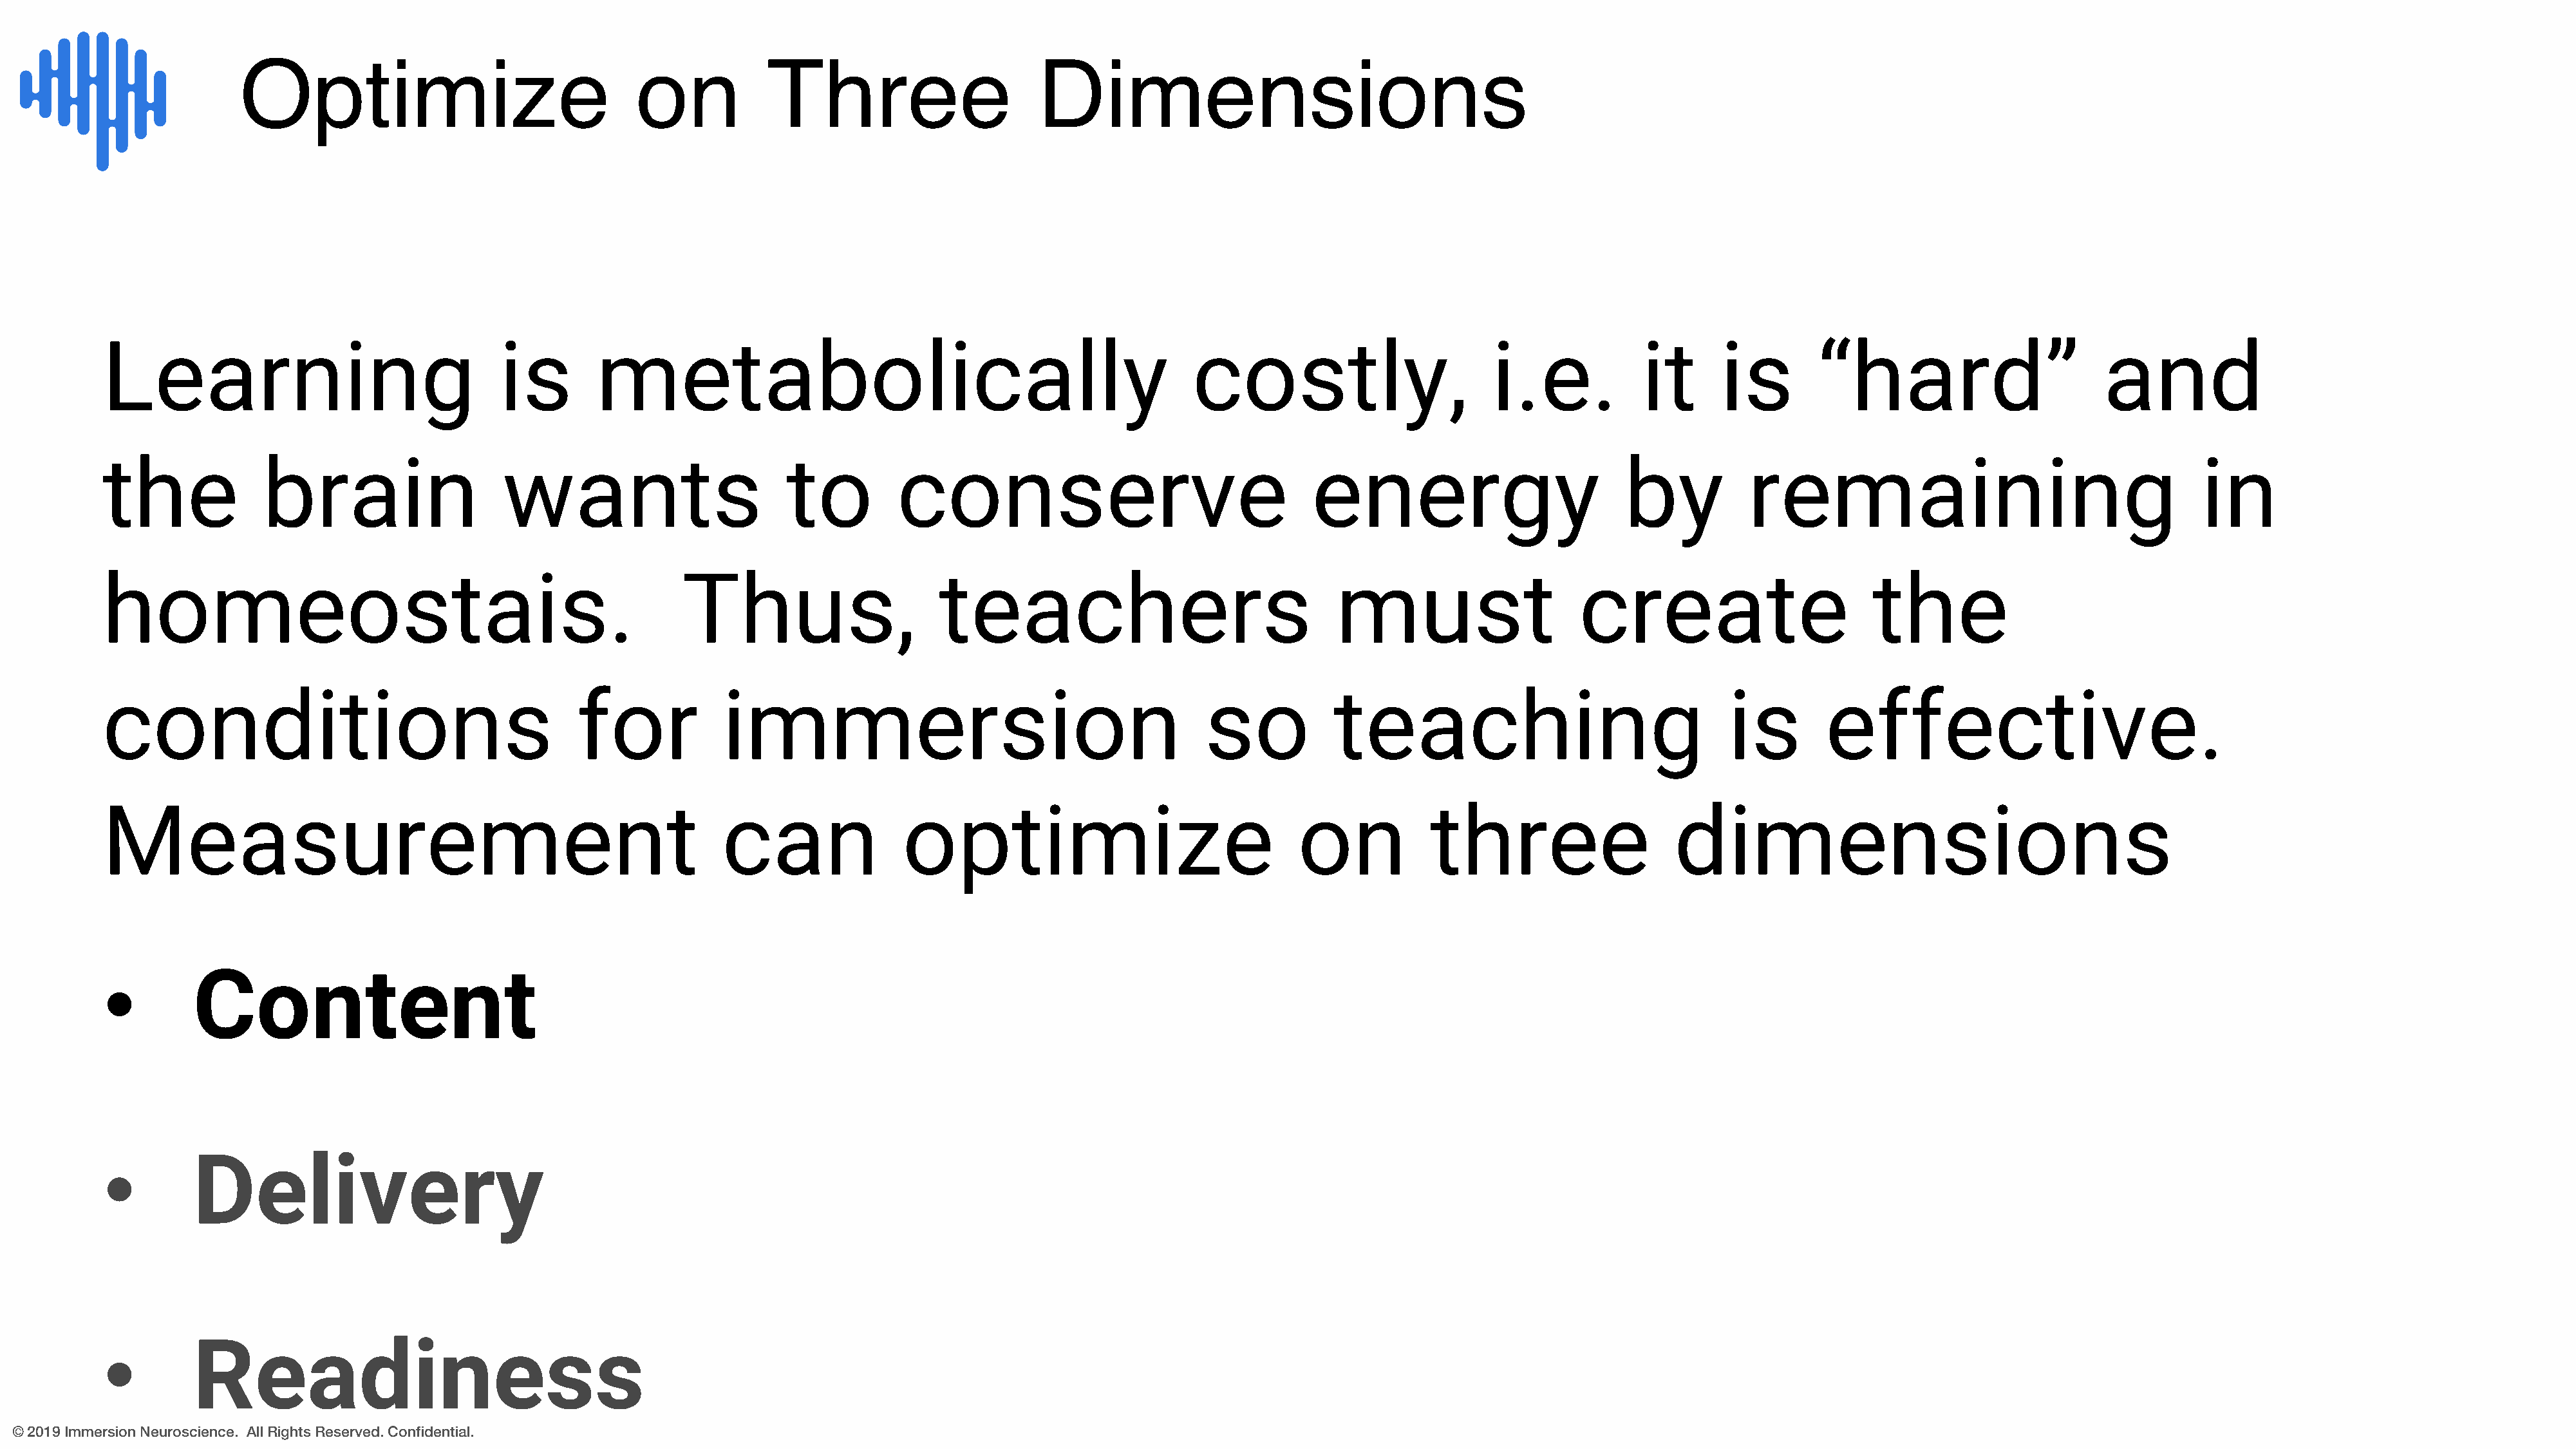
Optimize                                on            Three                       Dimensions
 Learning                                is        metabolically                                                 costly,                       i.e.            it      is        “hard”                       and
 the             brain                    wants                        to         conserve                                   energy                          by           remaining                                     in
 homeostais.                                                Thus,                      teachers                                must                     create                         the
 conditions                                      for            immersion                                         so           teaching                                 is        effective.
 Measurement                                                    can                optimize                                on            three                    dimensions
 •        Content
 •        Delivery
 •        Readiness
 © 2019 Immersion Neuroscience. All Rights Reserved. Confidential.